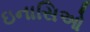
ઇનાસિઓ